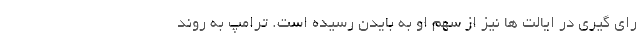
رای گیری در ایالت ها نیز از سهم او به بایدن رسیده است. ترامپ به روند